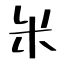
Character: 米